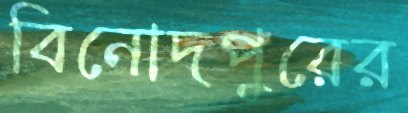
বিনোদপুরের